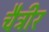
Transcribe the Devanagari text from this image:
चैत्रीर